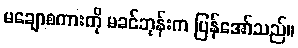
မချောစကားကို မခင်ဘုန်းက ပြန်အော်သည်။